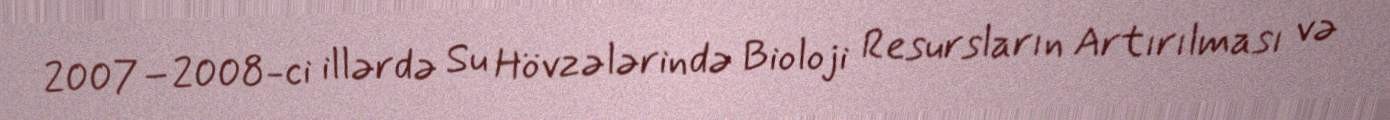
2007–2008-ci illərdə Su Hövzələrində Bioloji Resursların Artırılması və